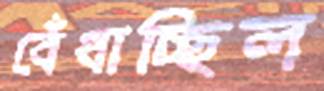
বেঁধাচ্ছিল